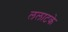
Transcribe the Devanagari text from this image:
ललाटके